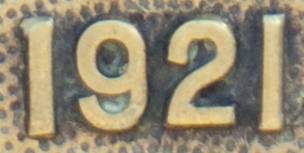
1921